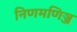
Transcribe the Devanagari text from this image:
निणमणिञ्ज